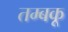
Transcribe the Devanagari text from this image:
तम्बकू